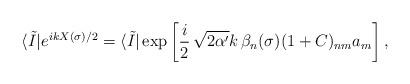
LaTeX: \begin{align*}\langle \tilde{I} |e^{i k X(\sigma)/2}= \langle \tilde{I} | \exp\left[{i \over 2} \, \sqrt{2 \alpha'} k \, \beta_n(\sigma)(1 + C)_{nm} a_m\right] ,\end{align*}